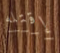
إقتله